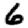
Digit: 6